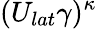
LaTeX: (U_{lat}\gamma)^{\kappa}